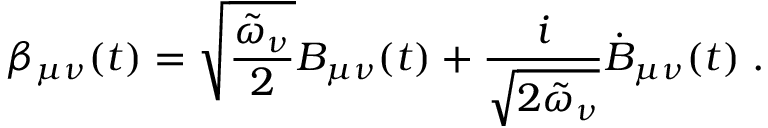
\beta _ { \mu \nu } ( t ) = \sqrt { \frac { \tilde { \omega } _ { \nu } } { 2 } } B _ { \mu \nu } ( t ) + \frac { i } { \sqrt { 2 \tilde { \omega } _ { \nu } } } \dot { B } _ { \mu \nu } ( t ) \; .